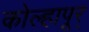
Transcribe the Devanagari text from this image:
कोल्हापूर्